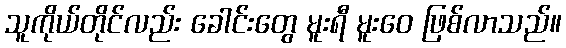
သူကိုယ်တိုင်လည်း ခေါင်းတွေ မူးရီ မူးဝေ ဖြစ်လာသည်။